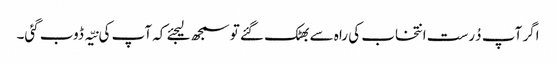
اگر آپ دُرست انتخاب کی راہ سے بھٹک گئے تو سمجھ لیجئے کہ آپ کی نیّہ ڈوب گئی۔